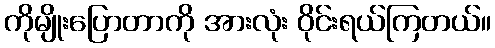
ကိုမျိုးပြောတာကို အားလုံး ဝိုင်းရယ်ကြတယ်။